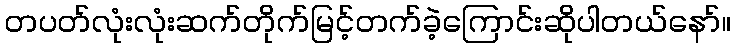
တပတ်လုံးလုံးဆက်တိုက်မြင့်တက်ခဲ့ကြောင်းဆိုပါတယ်နော်။